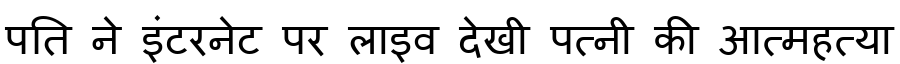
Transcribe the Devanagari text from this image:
पति ने इंटरनेट पर लाइव देखी पत्नी की आत्महत्या